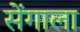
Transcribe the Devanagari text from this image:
सेंगाला